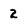
Character: 2